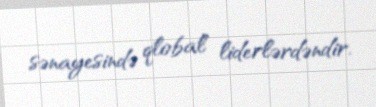
sənayesində qlobal liderlərdəndir.